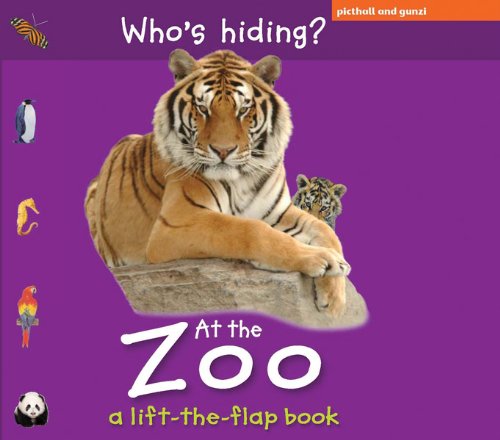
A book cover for Who's Hiding? At the Zoo (Lift-the-Flap Books); Christiane Gunzi; Children's Books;